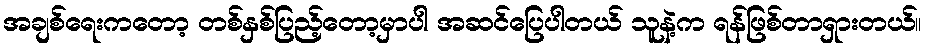
အချစ်ရေးကတော့ တစ်နှစ်ပြည့်တော့မှာပါ အဆင်ပြေပါတယ် သူနဲ့က ရန်ဖြစ်တာရှားတယ်။